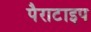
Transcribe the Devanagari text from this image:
पैराटाइप